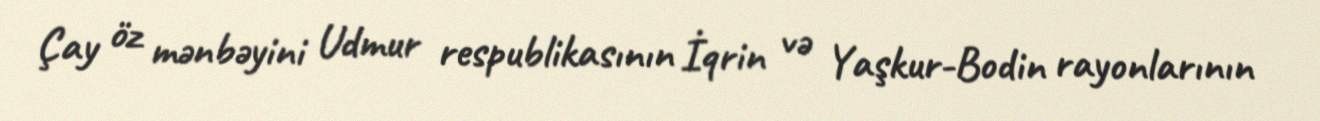
Çay öz mənbəyini Udmur respublikasının İqrin və Yaşkur-Bodin rayonlarının